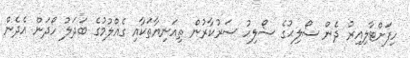
ހިފަށްޓާލިއިރު ދެން ސޯލިޙުގެ ސޯލިޙު ސަރުކާރުން ތިއަނިޔާތަކާއި ގެއްލުމުގެ ބަދަލު ހޯދަން އެދެން